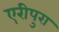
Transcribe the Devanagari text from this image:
एरीपुरा